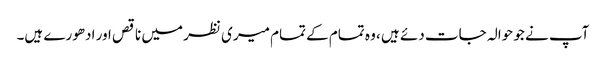
آپ نے جو حوالہ جات دئے ہیں ، وہ تمام کے تمام میری نظر میں ناقص اور ادھورے ہیں۔